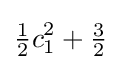
{\tfrac {1}{2}}c_{1}^{2}+{\tfrac {3}{2}}